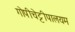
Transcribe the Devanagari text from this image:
गोपीचेट्टीपालयम